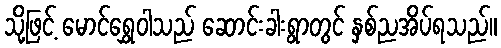
သို့ဖြင့် မောင်ရွှေဝါသည် ဆောင်းခါးရွာတွင် နှစ်ညအိပ်ရသည်။